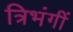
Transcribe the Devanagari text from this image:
त्रिभंगीं